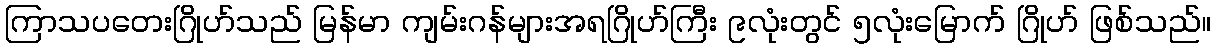
ကြာသပတေးဂြိုဟ်သည် မြန်မာ ကျမ်းဂန်များအရဂြိုဟ်ကြီး ၉လုံးတွင် ၅လုံးမြောက် ဂြိုဟ် ဖြစ်သည်။